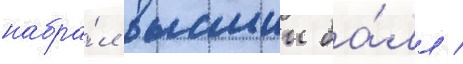
набра́л высшии ба́лл /